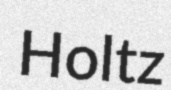
Holtz